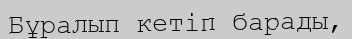
Бұралып кетіп барады,